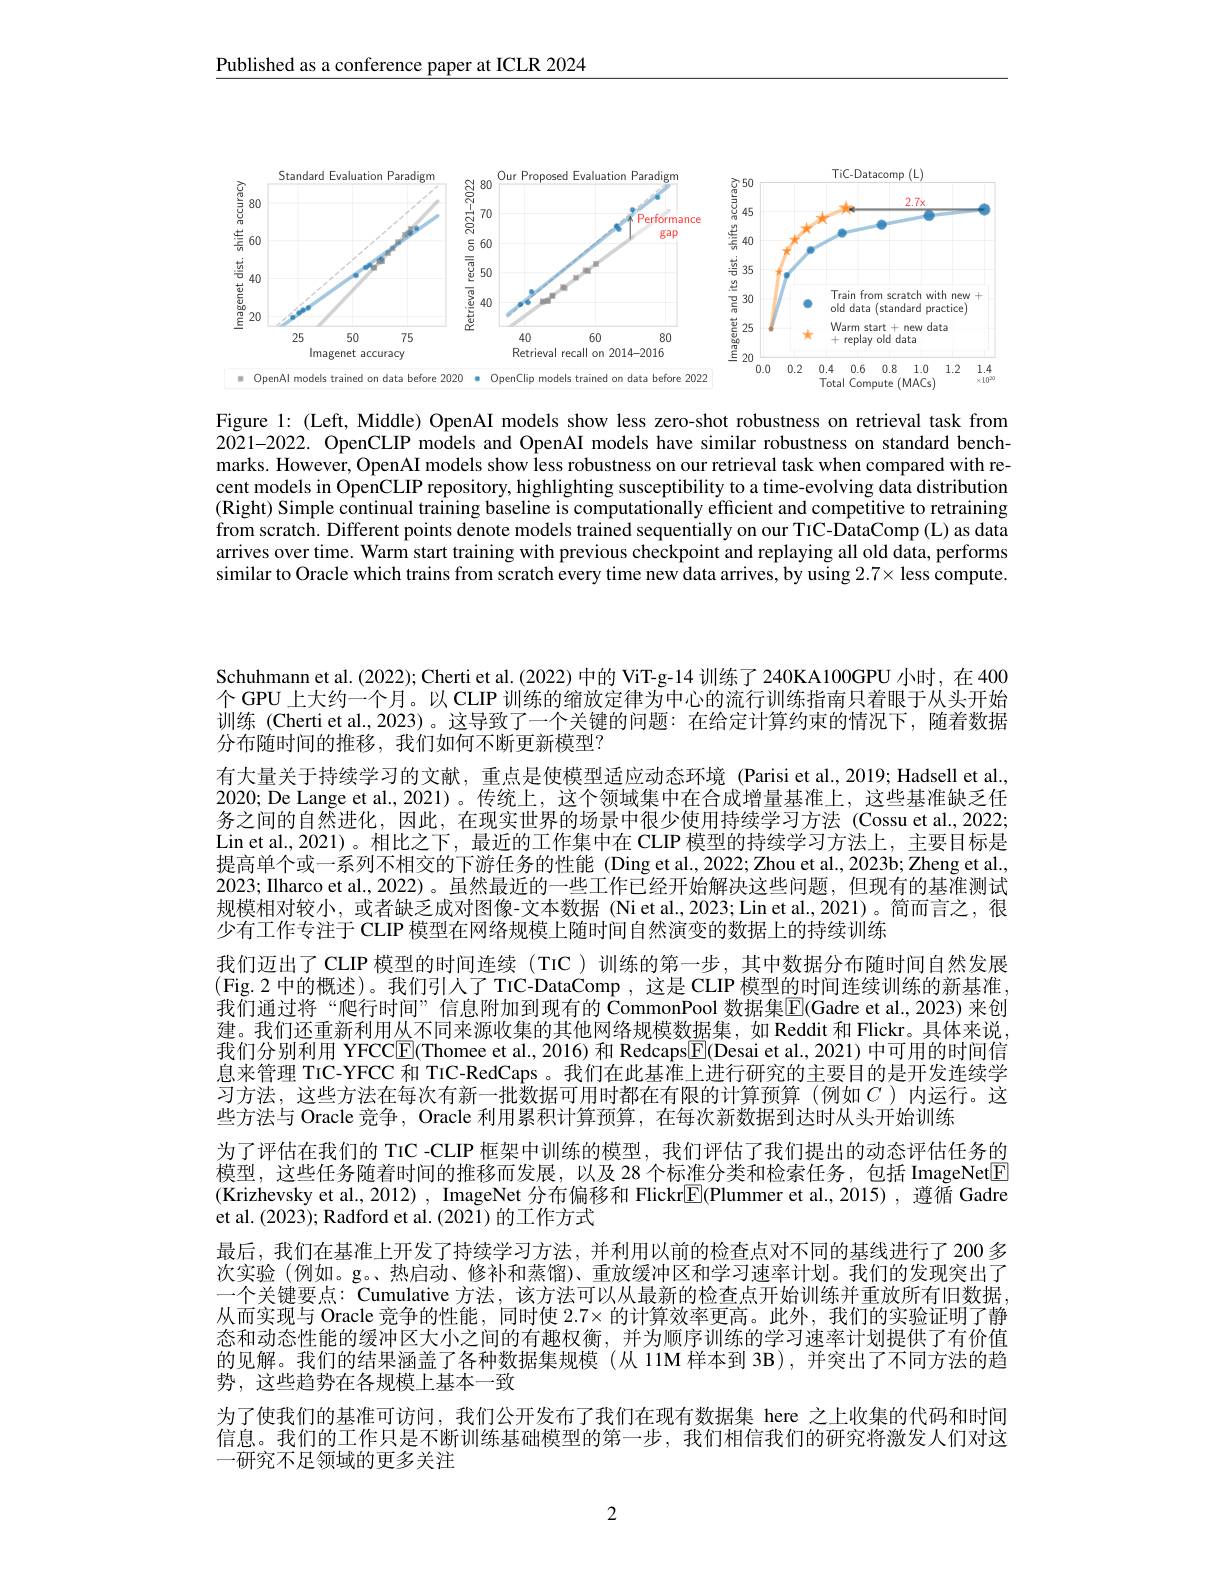
Published as a conference paper at ICLR 2024

<FigureHere>

Figure 1: (Left, Middle) OpenAI models show less zero-shot robustness on retrieval task from 2021-2022. OpenCLIP models and OpenAI models have similar robustness on standard benchmarks. However, OpenAI models show less robustness on our retrieval task when compared with recent models in OpenCLIP repository, highlighting susceptibility to a time-evolving data distribution (Right) Simple continual training baseline is computationally efficient and competitive to retraining from scratch. Different points denote models trained sequentially on our TiC-DataComp (L) as data arrives over time. Warm start training with previous checkpoint and replaying all old data, performs similar to Oracle which trains from scratch every time new data arrives, by using $2.7\times$ less compute.

Schuhmann et al.(2022); Cherti et al.(2022) 中的 ViT-g-14 训练了240KA100GPU 小时，在 400个 GPU 上大约一个月。以 CLIP 训练的缩放定律为中心的流行训练指南只着眼于从头开始训练 (Cherti et al.,2023)。这导致了一个关键的问题：在给定计算约束的情况下，随着数据分布随时间的推移，我们如何不断更新模型？
有大量关于持续学习的文献，重点是使模型适应动态环境 (Parisi et al.,2019; Hadsell et al., 2020; De Lange et al., 2021) 。传统上，这个领域集中在合成增量基准上，这些基准缺乏任务之间的自然进化，因此，在现实世界的场景中很少使用持续学习方法(Cossu et al.,2022; Lin et al.,2021)。相比之下，最近的工作集中在 CLIP 模型的持续学习方法上，主要目标是提高单个或一系列不相交的下游任务的性能 (Ding et al.,2022; Zhou et al., 2023b; Zheng et al., 2023; IIharco et al., 2022)。虽然最近的一些工作已经开始解决这些问题，但现有的基准测试规模相对较小，或者缺乏成对图像-文本数据(Niet al.,2023;Lin et al.,2021)。简而言之，很少有工作专注于 CLIP 模型在网络规模上随时间自然演变的数据上的持续训练
我们迈出了 CLIP 模型的时间连续(TIC)训练的第一步，其中数据分布随时间自然发展(Fig.2 中的概述)。我们引人了 TrC-DataComp,这是 CLIP 模型的时间连续训练的新基准， 我们通过将“爬行时间”信息附加到现有的$\bar{\text{CommonPool 数据集}}$E(Gadre et al., 2023)来创建。我们还重新利用从不同来源收集的其他网络规模数据集，如 Reddit 和 Flickr。具体来说， 我们分别利用 YFCC$\underline{\mathbb{E}}($Thomee et al., 2016) 和 Redcaps$\underline{\mathbb{E}}($Desai et al., 2021) 中可用的时间信息来管理 TIC-YFCC 和 TIC-RedCaps 。我们在此基准上进行研究的主要目的是开发连续学习方法，这些方法在每次有新一批数据可用时都在有限的计算预算(例如$C$)内运行。这些方法与 Oracle 竞争，Oracle 利用累积计算预算，在每次新数据到达时从头开始训练
为了评估在我们的 TrC -CLIP 框架中训练的模型，我们评估了我们提出的动态评估任务的模型，这些任务随着时间的推移而发展，以及 28 个标准分类和检索任务，包括 ImageNet$\boxed{\mathrm{F}}$ (Krizhevsky et al., 2012) , ImageNet 分布偏移和 Flickr$\boxed{\mathrm{E}}($Plummer et al.,2015) ,遵循 Gadre et al. $(202\tilde{3});$ Radford et al. (2021) 的工作方式
最后，我们在基准上开发了持续学习方法，并利用以前的检查点对不同的基线进行了 200 多次实验 (例如。g。热启动、修补和蒸馏)、重放缓冲区和学习速率计划。我们的发现突出了一个关键要点：Cumulative 方法，该方法可以从最新的检查点开始训练并重放所有旧数据， 从而实现与 Oracle 竞争的性能，同时使$2.7\times$的计算效率更高。此外，我们的实验证明了静态和动态性能的缓冲区大小之间的有趣权衡，并为顺序训练的学习速率计划提供了有价值的见解。我们的结果涵盖了各种数据集规模(从 11M 样本到 3B),并突出了不同方法的趋势，这些趋势在各规模上基本一致
为了使我们的基准可访问，我们公开发布了我们在现有数据集 here 之上收集的代码和时间信息。我们的工作只是不断训练基础模型的第一步，我们相信我们的研究将激发人们对这一研究不足领域的更多关注

2